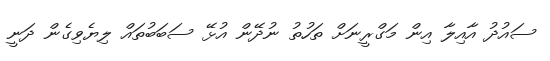
ސައުދު އާއިލާ އިން މަގްރީނަށް ތަހުތު ނުދޭން އުޅޭ ސަބަބުތައް ލިޔެވިގެން ދަނީ